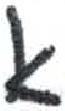
אות: א